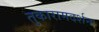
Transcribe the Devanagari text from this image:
तुकारामदर्शन